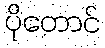
ပိုတောင်